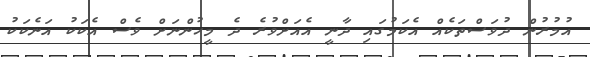
އުމުރުން ދުވަސްތަކެއް އެކަމުގައި ދާނީ އެއަށްވުރެ ދެ މީހުންނަށް ވެސް އެކަކު އަނެކަކު